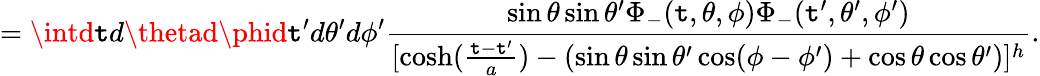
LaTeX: =\intd\mathtt{t}d\thetad\phid\mathtt{t}^{\prime}d\theta^{\prime}d\phi^{\prime}\frac{{\sin\theta\sin\theta^{\prime}\Phi_{-}(\mathtt{t},\theta,\phi)\Phi_{-}(\mathtt{t}^{\prime},\theta^{\prime},\phi^{\prime})}}{{[\cosh(\frac{{\mathtt{t}-\mathtt{t}^{\prime}}}{{a}})-(\sin\theta\sin\theta^{\prime}\cos(\phi-\phi^{\prime})+\cos\theta\cos\theta^{\prime})]^{h}}}.